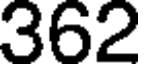
362